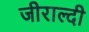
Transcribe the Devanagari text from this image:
जीराल्दी